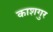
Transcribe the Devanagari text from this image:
काशगुर